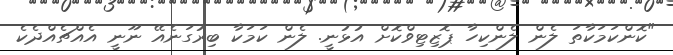
"ކޮންކަމަކާތަ ލެން ލެންކިހާ ޕޮޒިޓިވްކޮށް އުޅުނީ. ލެން ކަމަކާ ބިރުގަނެއޭ ނޫނީ އެއްޗެއްދެކެ